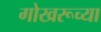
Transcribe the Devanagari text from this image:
गोखरूच्या